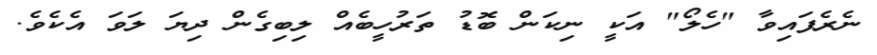
ނެރެފައިވާ "ހެލޯ" އަކީ ނިކަން ބޮޑު ތަރުހީބެއް ލިބިގެން ދިޔަ ލަވަ އެކެވެ.